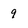
Character: 9